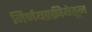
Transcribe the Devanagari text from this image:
निर्णयप्रक्रीयेतून